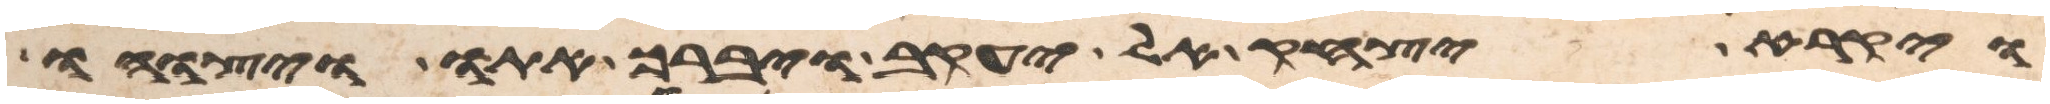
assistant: ויקרא יצחק אל יעקב ויברך אתו ויצוהו